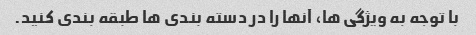
با توجه به ویژگی ها، آنها را در دسته بندی ها طبقه بندی کنید.